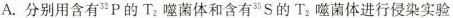
A. 分别用含有 32\mathrm{P} 的 T_{2} 噬菌体和含有 35 \mathrm{S} 的 T_{2} 噬菌体进行侵染实验